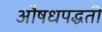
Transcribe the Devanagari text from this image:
औषधपद्धती